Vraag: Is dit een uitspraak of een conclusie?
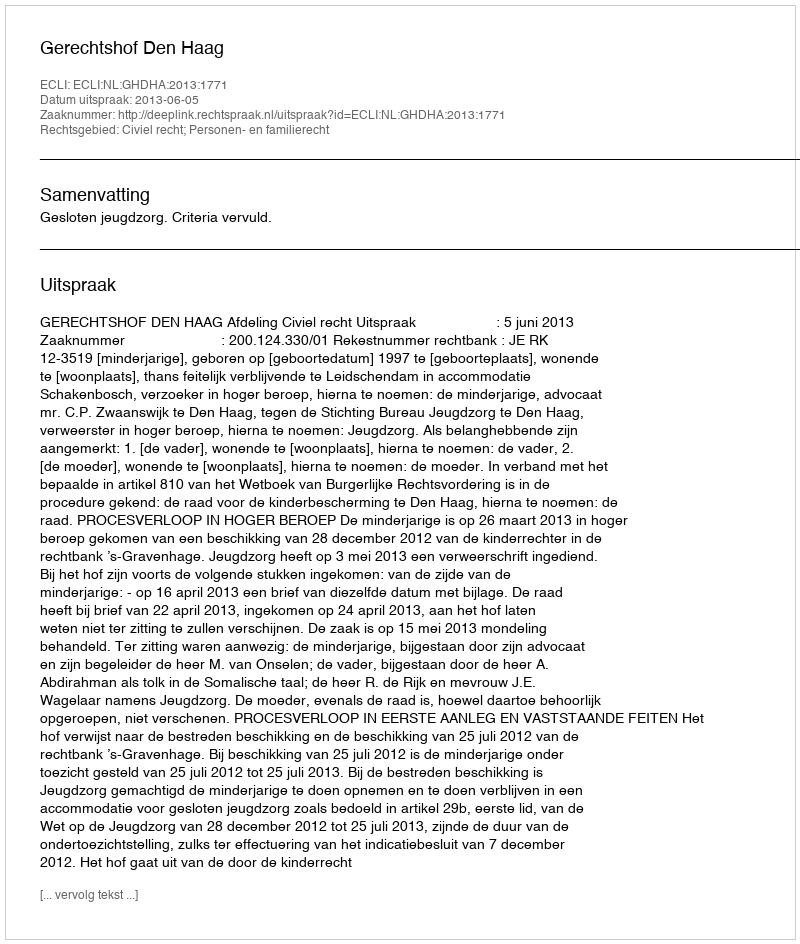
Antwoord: Uitspraak